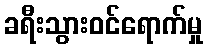
ခရီးသွားဝင်ရောက်မှု